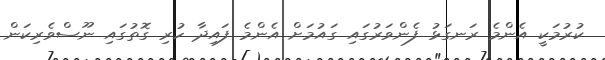
ކުރުމަކީ އެންމެ ރަނގަޅު ފެންވަރުގައި ގައުމަށް އެންމެ ފައިދާ ހުރި ގޮތުގައި ނޫސްވެރިކަން